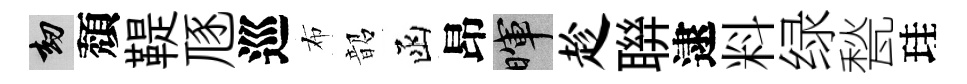
劫頽鞮豗巡布韶函昂暉趁聨逮料绿甃珪